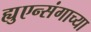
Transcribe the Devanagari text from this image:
ह्युएन्संगाच्या